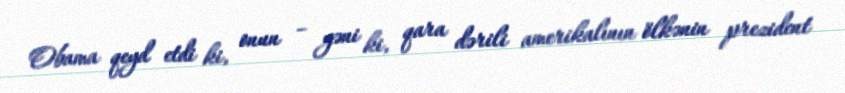
Obama qeyd etdi ki, onun – yəni ki, qara dərili amerikalının ölkənin prezident